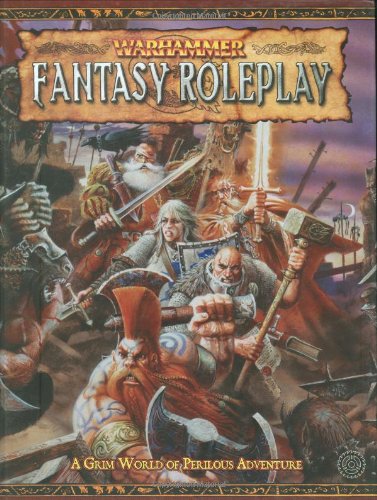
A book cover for Warhammer Fantasy Roleplay Rulebook; Green Ronin; Science Fiction & Fantasy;